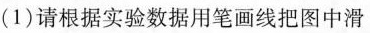
(1)请根据实验数据用笔画线把图中滑